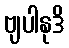
ဗျပါနုဒိ